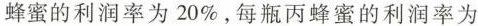
蜂蜜的利润率为20\%，每瓶丙蜂蜜的利润率为